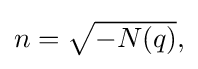
{\textstyle n={\sqrt {-N(q)}},}